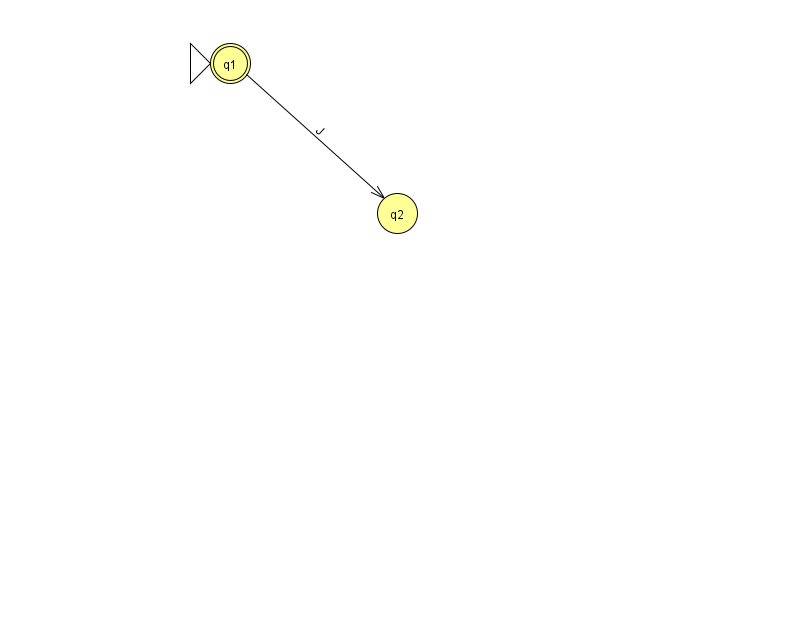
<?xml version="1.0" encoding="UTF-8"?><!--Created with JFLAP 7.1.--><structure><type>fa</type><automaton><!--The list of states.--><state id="1" name="q1"><x>230.0</x><y>50.0</y><initial/><final/></state><state id="2" name="q2"><x>397.0</x><y>200.0</y></state><!--The list of transitions.--><transition><from>1</from><to>2</to><read>J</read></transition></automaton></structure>